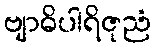
ဗျာဓိပါရိဇုညံ